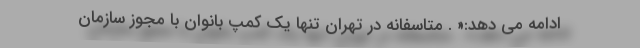
ادامه می دهد:« . متاسفانه در تهران تنها یک کمپ بانوان با مجوز سازمان